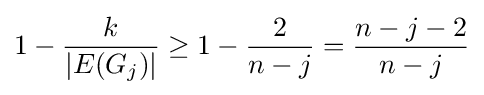
1-{\frac {k}{|E(G_{j})|}}\geq 1-{\frac {2}{n-j}}={\frac {n-j-2}{n-j}}